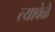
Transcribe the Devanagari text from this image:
त्यावेळे